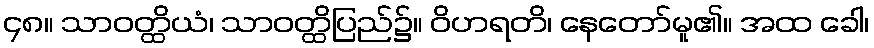
၄၈။ သာဝတ္ထိယံ၊ သာဝတ္ထိပြည်၌။ ဝိဟရတိ၊ နေတော်မူ၏။ အထ ခေါ၊